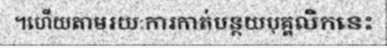
។ហើយតាមរយៈការកាត់បន្ថយបុគ្គលិកនេះ